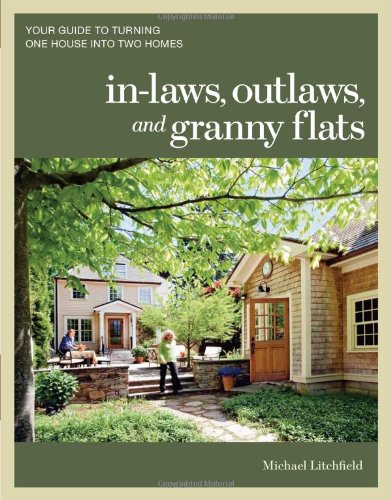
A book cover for In-laws, Outlaws, and Granny Flats: Your Guide to Turning One House into Two Homes; Michael Litchfield; Crafts, Hobbies & Home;